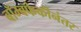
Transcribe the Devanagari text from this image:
बॉम्बफेकीनंतर